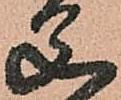
父